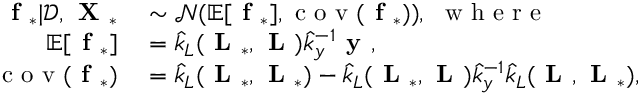
\begin{array} { r l } { \textbf { f } _ { * } | \mathcal { D } , \textbf { X } _ { * } } & { { } \sim \mathcal { N } ( \mathbb { E } [ \textbf { f } _ { * } ] , \textrm { c o v } ( \textbf { f } _ { * } ) ) , \ \textrm { w h e r e } } \\ { \mathbb { E } [ \textbf { f } _ { * } ] } & { { } = \hat { k } _ { L } ( \textbf { L } _ { * } , \textbf { L } ) \hat { k } _ { y } ^ { - 1 } \textbf { y } , } \\ { \textrm { c o v } ( \textbf { f } _ { * } ) } & { { } = \hat { k } _ { L } ( \textbf { L } _ { * } , \textbf { L } _ { * } ) - \hat { k } _ { L } ( \textbf { L } _ { * } , \textbf { L } ) \hat { k } _ { y } ^ { - 1 } \hat { k } _ { L } ( \textbf { L } , \textbf { L } _ { * } ) , } \end{array}